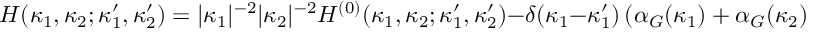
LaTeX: { \cal H } ( \kappa _ { 1 } , \kappa _ { 2 } ; \kappa _ { 1 } ^ { \prime } , \kappa _ { 2 } ^ { \prime } ) = \vert \kappa _ { 1 } \vert ^ { - 2 } \vert \kappa _ { 2 } \vert ^ { - 2 } { \cal H } ^ { ( 0 ) } ( \kappa _ { 1 } , \kappa _ { 2 } ; \kappa _ { 1 } ^ { \prime } , \kappa _ { 2 } ^ { \prime } ) - \delta ( \kappa _ { 1 } - \kappa _ { 1 } ^ { \prime } ) \left( \alpha _ { G } ( \kappa _ { 1 } ) + \alpha _ { G } ( \kappa _ { 2 } ) \right) ,